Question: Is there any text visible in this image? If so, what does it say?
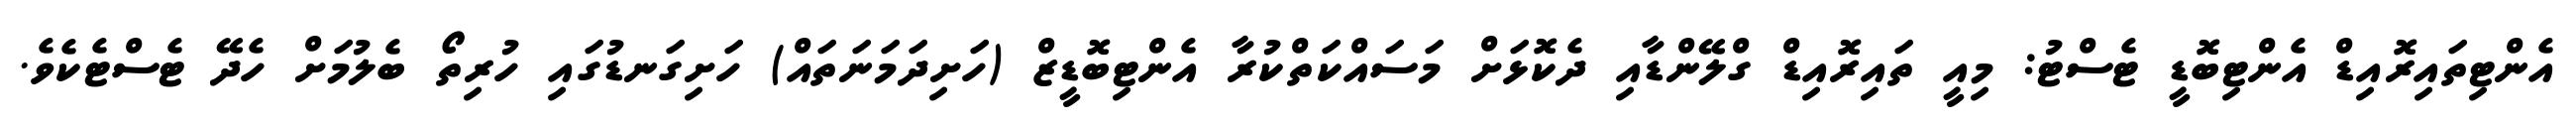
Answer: އެންޓިތައިރޮއިޑް އެންޓިބޮޑީ ޓެސްޓު: މިއީ ތައިރޮއިޑް ގްލޭންޑާއި ދެކޮޅަށް މަސައްކަތްކުރާ އެންޓިބޮޑީޒް (ހަށިދަމަނަތައް) ހަށިގަނޑުގައި ހުރިތޯ ބެލުމަށް ހެދޭ ޓެސްޓެކެވެ.